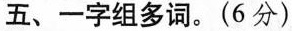
五、一字组多词。(6 分)